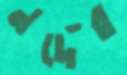
নর্দের